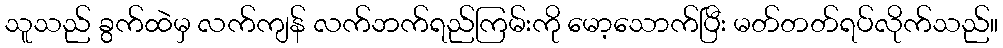
သူသည် ခွက်ထဲမှ လက်ကျန် လက်ဘက်ရည်ကြမ်းကို မော့သောက်ပြီး မတ်တတ်ရပ်လိုက်သည်။